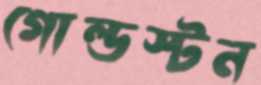
গোল্ডস্টন